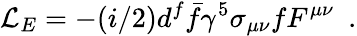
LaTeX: {\mathcal L}_{E}=-(i/2)d^{f}\bar{f}\gamma^{5}\sigma_{\mu\nu}fF^{\mu\nu}\enspace.